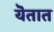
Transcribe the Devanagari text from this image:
यॆतात